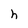
Character: h